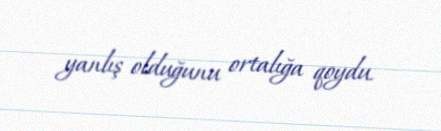
yanlış olduğunu ortalığa qoydu.